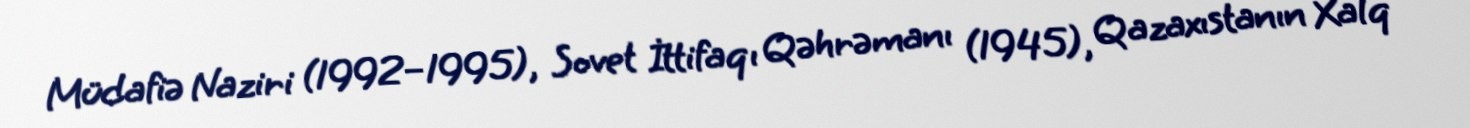
Müdafiə Naziri (1992–1995), Sovet İttifaqı Qəhrəmanı (1945), Qazaxıstanın Xalq